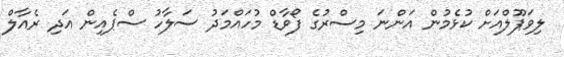
ލިވަޕޫލްއަށް ކުޅެމުން އަންނަ މިސްރުގެ ފޯވާޑް މުހައްމަދު ސަލާހު ސްޕެއިން އަދި ރެއާލް